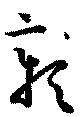
彰